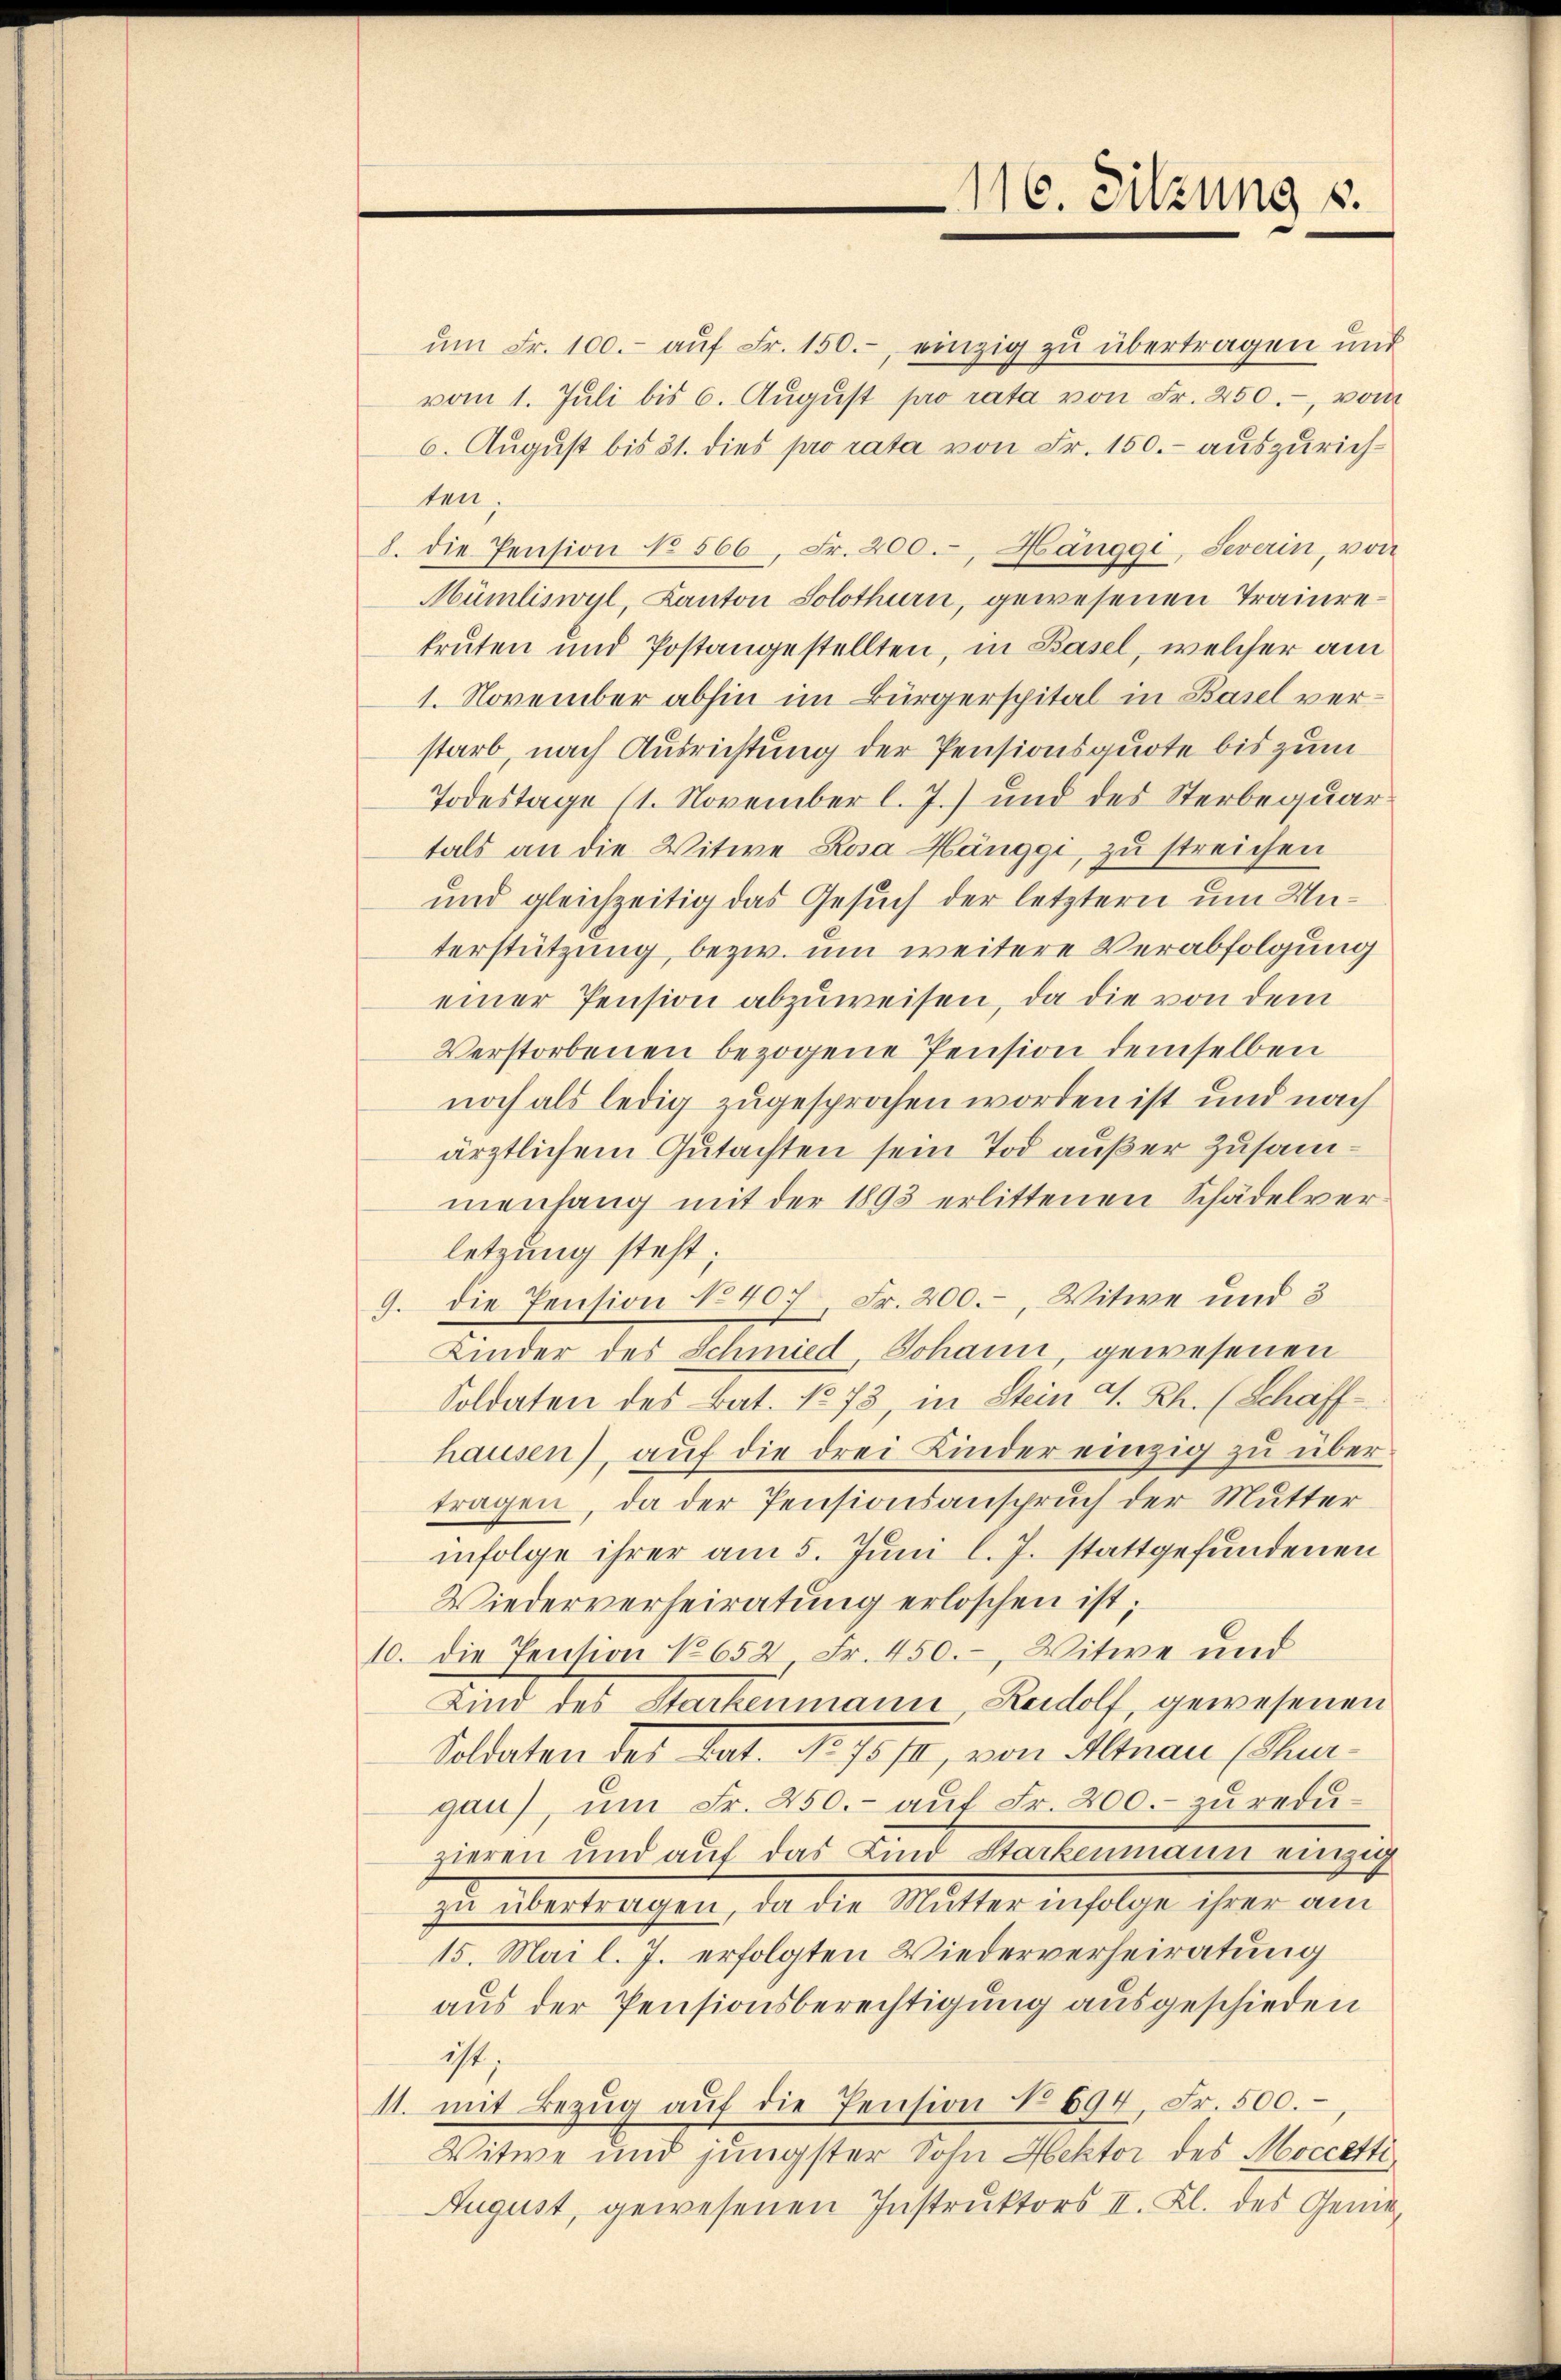
116. Sitzung s.

ŭm Fr. 100.- aŭf Fr. 150.- einzig zu übertragen und
vom 1. Juli bis 6. August pro rata von Fr. 250.-, vom
6. August bis 31. dies pro rata von Fr. 150.- auszurichten,
8. die Pension No 566, Fr. 200. Hänggi, Severin, von
Mümliswyl, Kanton Solothurn, gewesenen Traiurekruten und Postangestellten, in Basel, welcher am
1. November abhin im Bürgerspital in Basel verstarb nach Ausrichtung der Pensionsquote bis zum
Todestage (1. November l. J.) und des Sterbequar
tals an die Witwe Rosa Hänggi, zu streichen
und gleichzeitig das Gesuch der letztern um Unterstützung, bezw. um weitere Verabfolgung
einer Pension abzuweisen, da die von dem
Verstorbenen bezogene Pension demselben
noch als ledig zugesprochen worden ist und nach
ärztlichem Gutachten sein Tod außer Zusammenhang mit der 1893 erlittenen Schädelverletzung steht;
9. die Pension No 407, Fr. 200., Witwe und 3
Kinder des Schmied, Johann, gewesenen
Soldaten des Bat. No 73, in Stein A. Rh. (Schaffhausen), aŭf die drei Linder einzig zu über
tragen, da der Pensionsanspruch der Mutter
infolge ihrer am 5. Juni l. J. stattgefundenen
Wiederverheiratung erloschen ist;
10. die Pension No 652 Fr. 450. Witwe und
Kind des Sachenmann Rudolf, gewesenen
Soldaten des tat. d. 10. 74, von Altnau (Sugau), um Fr. 250.- auf Fr. 200. - zu reduzieren und auf das Kind Stackenmann einzig
zŭ übertragen, da die Mutter infolge ihrer am
15. Mai l. J. erfolgten Wiederverheiratung
aus der Pensionsberechtigung ausgeschieden
ist;
11. mit Bezug auf die Pension No 694, Fr. 500.
Witwe und jüngster Sohn Hektor des Moccetti
August, gewesenen Instruktors II. Kl. des Genie¬